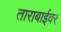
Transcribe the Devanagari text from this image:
ताराबाईवर